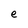
Character: e